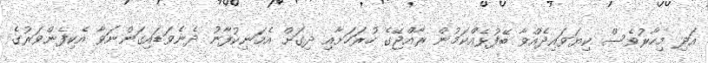
އަދި މިހާރުވެސް ކިޔަވައިދެއްވާ ބޭފުޅެއްކަމުން ރާއްޖޭގެ ހުރަހަށާއި ދިގަށް އެމަނިކުފާނު ދެނެވަޑައިގަންނަވާ އެކިފެންވަރުގެ